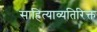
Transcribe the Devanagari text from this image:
साहित्याव्यतिरिक्त